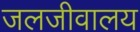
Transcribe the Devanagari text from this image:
जलजीवालय